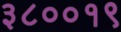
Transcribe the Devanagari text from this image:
३८००१९